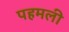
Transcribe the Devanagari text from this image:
पहमली